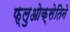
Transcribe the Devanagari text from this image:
फ्लुओक्सेतिने